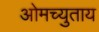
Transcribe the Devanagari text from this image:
ओमच्युताय